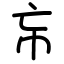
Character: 㠵